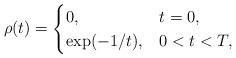
LaTeX: \begin{align*}\rho(t)=\begin{cases}0, & t=0,\\\exp(-1/t), & 0<t<T,\end{cases}\end{align*}